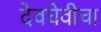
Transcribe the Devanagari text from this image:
देवघेवीचा